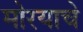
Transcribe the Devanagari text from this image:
मोरयाचे